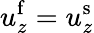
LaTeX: u_{z}^{\mathrm{f}}=u_{z}^{\mathrm{s}}